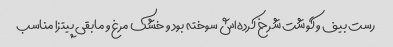
رست بیف و گوشت شرخ کرده‌اش سوخته بود و خشک مرغ و مابقی پیتزا مناسب